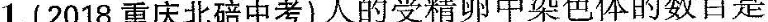
1.（2018重庆北碚中考）人的受精卵中染色体的数目是